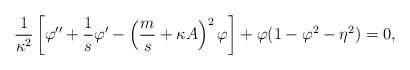
\begin{align*} \frac{1}{\kappa^2} \left[ \varphi'' + \frac{1}{s}\varphi' - \left(\frac{m}{s} +\kappa A\right)^2\varphi \right] +\varphi(1-\varphi^2 -\eta^2)=0,\end{align*}